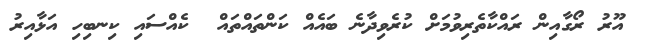
އޫރު ރޯގާއިން ރައްކާތެރިވުމަށް ކުރެވިދާނެ ބައެއް ކަންތައްތައް  ކެއްސައި ކިނބިހި އަޅާއިރު